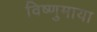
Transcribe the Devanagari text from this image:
विष्णुमाया